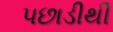
પછાડીથી